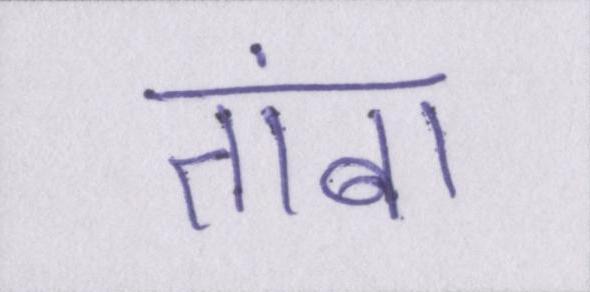
तांबा